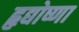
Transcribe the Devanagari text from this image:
हृद्योष्णा